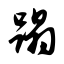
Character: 蹋